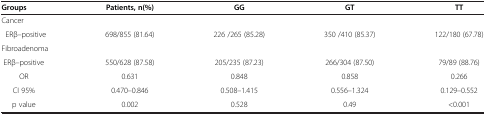
<table><thead><tr><td><b>Groups</b></td><td><b>Patients, n(%)</b></td><td><b>GG</b></td><td><b>GT</b></td><td><b>TT</b></td></tr></thead><tbody><tr><td colspan="5">Cancer</td></tr><tr><td> ERβ–positive</td><td>698/855 (81.64)</td><td>226 /265 (85.28)</td><td>350 /410 (85.37)</td><td>122/180 (67.78)</td></tr><tr><td colspan="5">Fibroadenoma</td></tr><tr><td>ERβ–positive</td><td>550/628 (87.58)</td><td>205/235 (87.23)</td><td>266/304 (87.50)</td><td>79/89 (88.76)</td></tr><tr><td>OR</td><td>0.631</td><td>0.848</td><td>0.858</td><td>0.266</td></tr><tr><td>CI 95%</td><td>0.470–0.846</td><td>0.508–1.415</td><td>0.556–1.324</td><td>0.129–0.552</td></tr><tr><td>p value</td><td>0.002</td><td>0.528</td><td>0.49</td><td>&lt;0.001</td></tr></tbody></table>